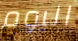
اليوم